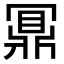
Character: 𪔃